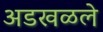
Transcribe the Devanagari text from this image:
अडखळले